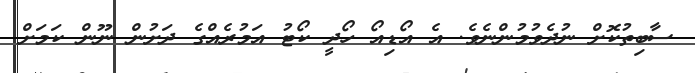
ސާބިތުކޮށް ނުދެވުމުންނެވެ. އެ އޯޑިއޯ ހޯދީ ކޯޓު އަމުރެއްގެ ދަށުން ނޫން ކަމަށް